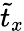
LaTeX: \tilde{t}_{x}